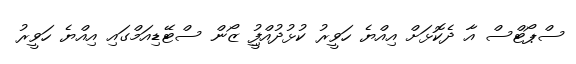
ސްޕޯޓްސް އާ ދެކޮޅަށް އިއްޔެ ހަވީރު ކުޅުދުއްފުީި ޒޯން ސްޓޭޑިއަމްގައި އިއްޔެ ހަވީރު